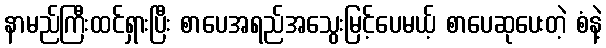
နာမည်ကြီးထင်ရှားပြီး စာပေအရည်အသွေးမြင့်ပေမယ့် စာပေဆုပေးတဲ့ စံနဲ့